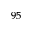
^ { 9 5 }